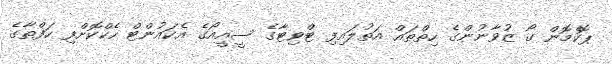
ޕޮކެމޮން ގޯ ޒުވާނުންގެ ހިތްތައް އަތުލައިފި ޓްވިޓާގެ ސީއީއޯގެ އެކައުންޓް ހެކްކޮށްފި ހަފްތާގެ